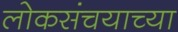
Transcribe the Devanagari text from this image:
लोकसंचयाच्या